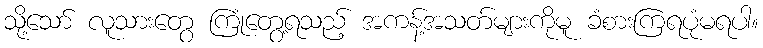
သို့သော် လူသားတွေ ကြုံတွေ့ရသည့် အကန့်အသတ်များကိုမူ ခံစားကြရပုံမရပါ။